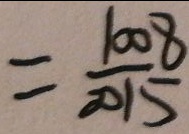
= \frac { 1 0 0 8 } { 2 0 1 5 }